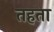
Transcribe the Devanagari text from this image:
तहता